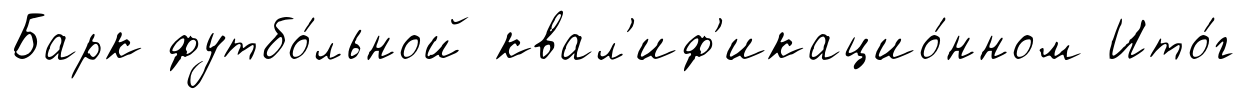
Барк футбо́льной квал'иф'икацио́нном Ито́г